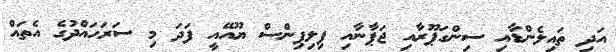
އަދި ތައިލެންޑާއި ސިންގަޕޫރާއި ޖަޕާނާއި ފިލިޕިންސް ޔޫއޭއީ ފަދަ މި ސަރަހައްދުގެ އެތައް